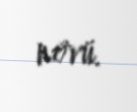
növü.